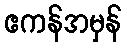
ဧကန်အမှန်